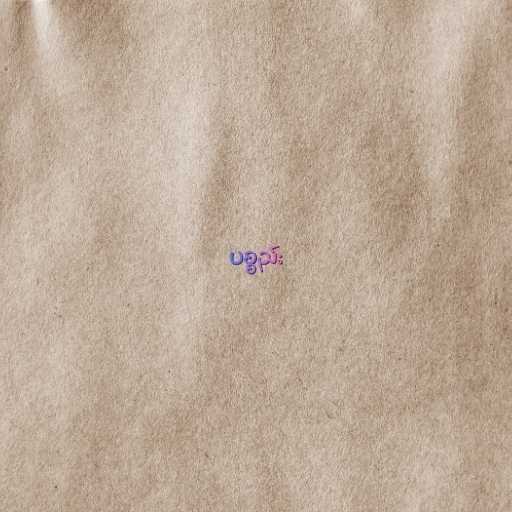
ပစ္စည်း